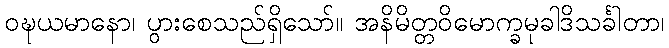
ဝဍ္ဎယမာနော၊ ပွားစေသည်ရှိသော်။ အနိမိတ္တဝိမောက္ခမုခါဒိသင်္ခါတာ၊